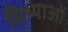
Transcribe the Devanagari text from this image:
मिथ्याओं